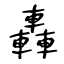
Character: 轟